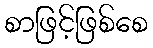
စာဖြင့်ဖြစ်စေ